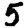
Digit: 5